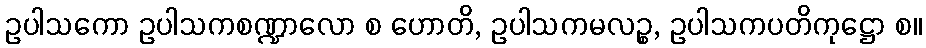
ဥပါသကော ဥပါသကစဏ္ဍာလော စ ဟောတိ, ဥပါသကမလဉ္စ, ဥပါသကပတိကုဋ္ဌော စ။